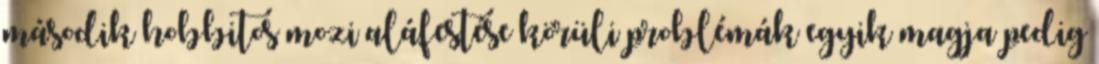
második hobbitos mozi aláfestése körüli problémák egyik magja pedig